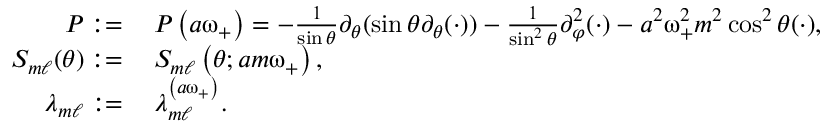
\begin{array} { r l } { P : = } & { \: P \left( a \upomega _ { + } \right) = - \frac { 1 } { \sin \theta } \partial _ { \theta } ( \sin \theta \partial _ { \theta } ( \cdot ) ) - \frac { 1 } { \sin ^ { 2 } \theta } \partial _ { \varphi } ^ { 2 } ( \cdot ) - a ^ { 2 } \upomega _ { + } ^ { 2 } m ^ { 2 } \cos ^ { 2 } \theta ( \cdot ) , } \\ { S _ { m \ell } ( \theta ) : = } & { \: S _ { m \ell } \left( \theta ; a m \upomega _ { + } \right) , } \\ { \lambda _ { m \ell } : = } & { \: \lambda _ { m \ell } ^ { \left( a \upomega _ { + } \right) } . } \end{array}